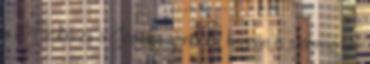
a Mikulás és a Jézuska ajándékai honnan is származnak.